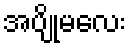
အပျိုမလေး